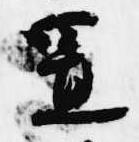
置